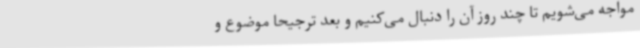
مواجه می‌شویم تا چند روز آن را دنبال می‌کنیم و بعد ترجیحا موضوع و